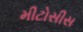
મીટોસીસ